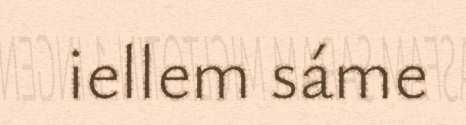
iellem sáme